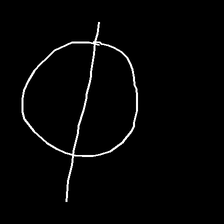
Glyph: orb